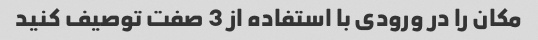
مکان را در ورودی با استفاده از 3 صفت توصیف کنید